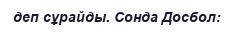
деп сұрайды. Сонда Досбол: